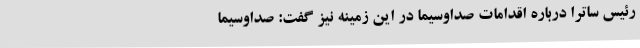
رئیس ساترا درباره اقدامات صداوسیما در این زمینه نیز گفت: صداوسیما